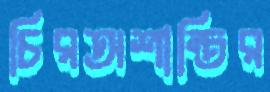
চিরঅশান্তির